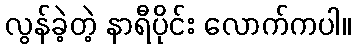
လွန်ခဲ့တဲ့ နာရီပိုင်း လောက်ကပါ။